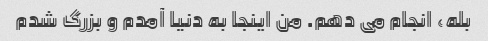
بله، انجام می دهم. من اینجا به دنیا آمدم و بزرگ شدم